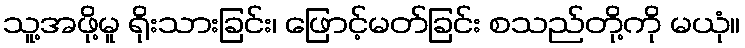
သူ့အဖို့မူ ရိုးသားခြင်း၊ ဖြောင့်မတ်ခြင်း စသည်တို့ကို မယုံ။